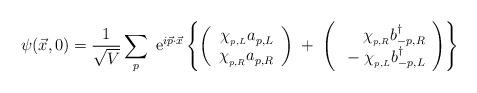
LaTeX: \begin{align*}\psi (\vec{x}, 0) = \frac{1}{\sqrt{V}} \sum_{p}\; {\rm e}^{i \vec{p} \cdot \vec{x}}\left\{ \left( \begin{array}{r}\chi_{_{p,L}} a^{}_{p,L} \\\chi_{_{p,R}} a^{}_{p,R} \\\end{array}\right) \;+\; \left( \begin{array}{r}\chi_{_{p,R}} b^{\dagger}_{-p,R} \\\;-\;\chi_{_{p,L}} b^{\dagger}_{-p,L}\end{array} \right) \right\}\end{align*}